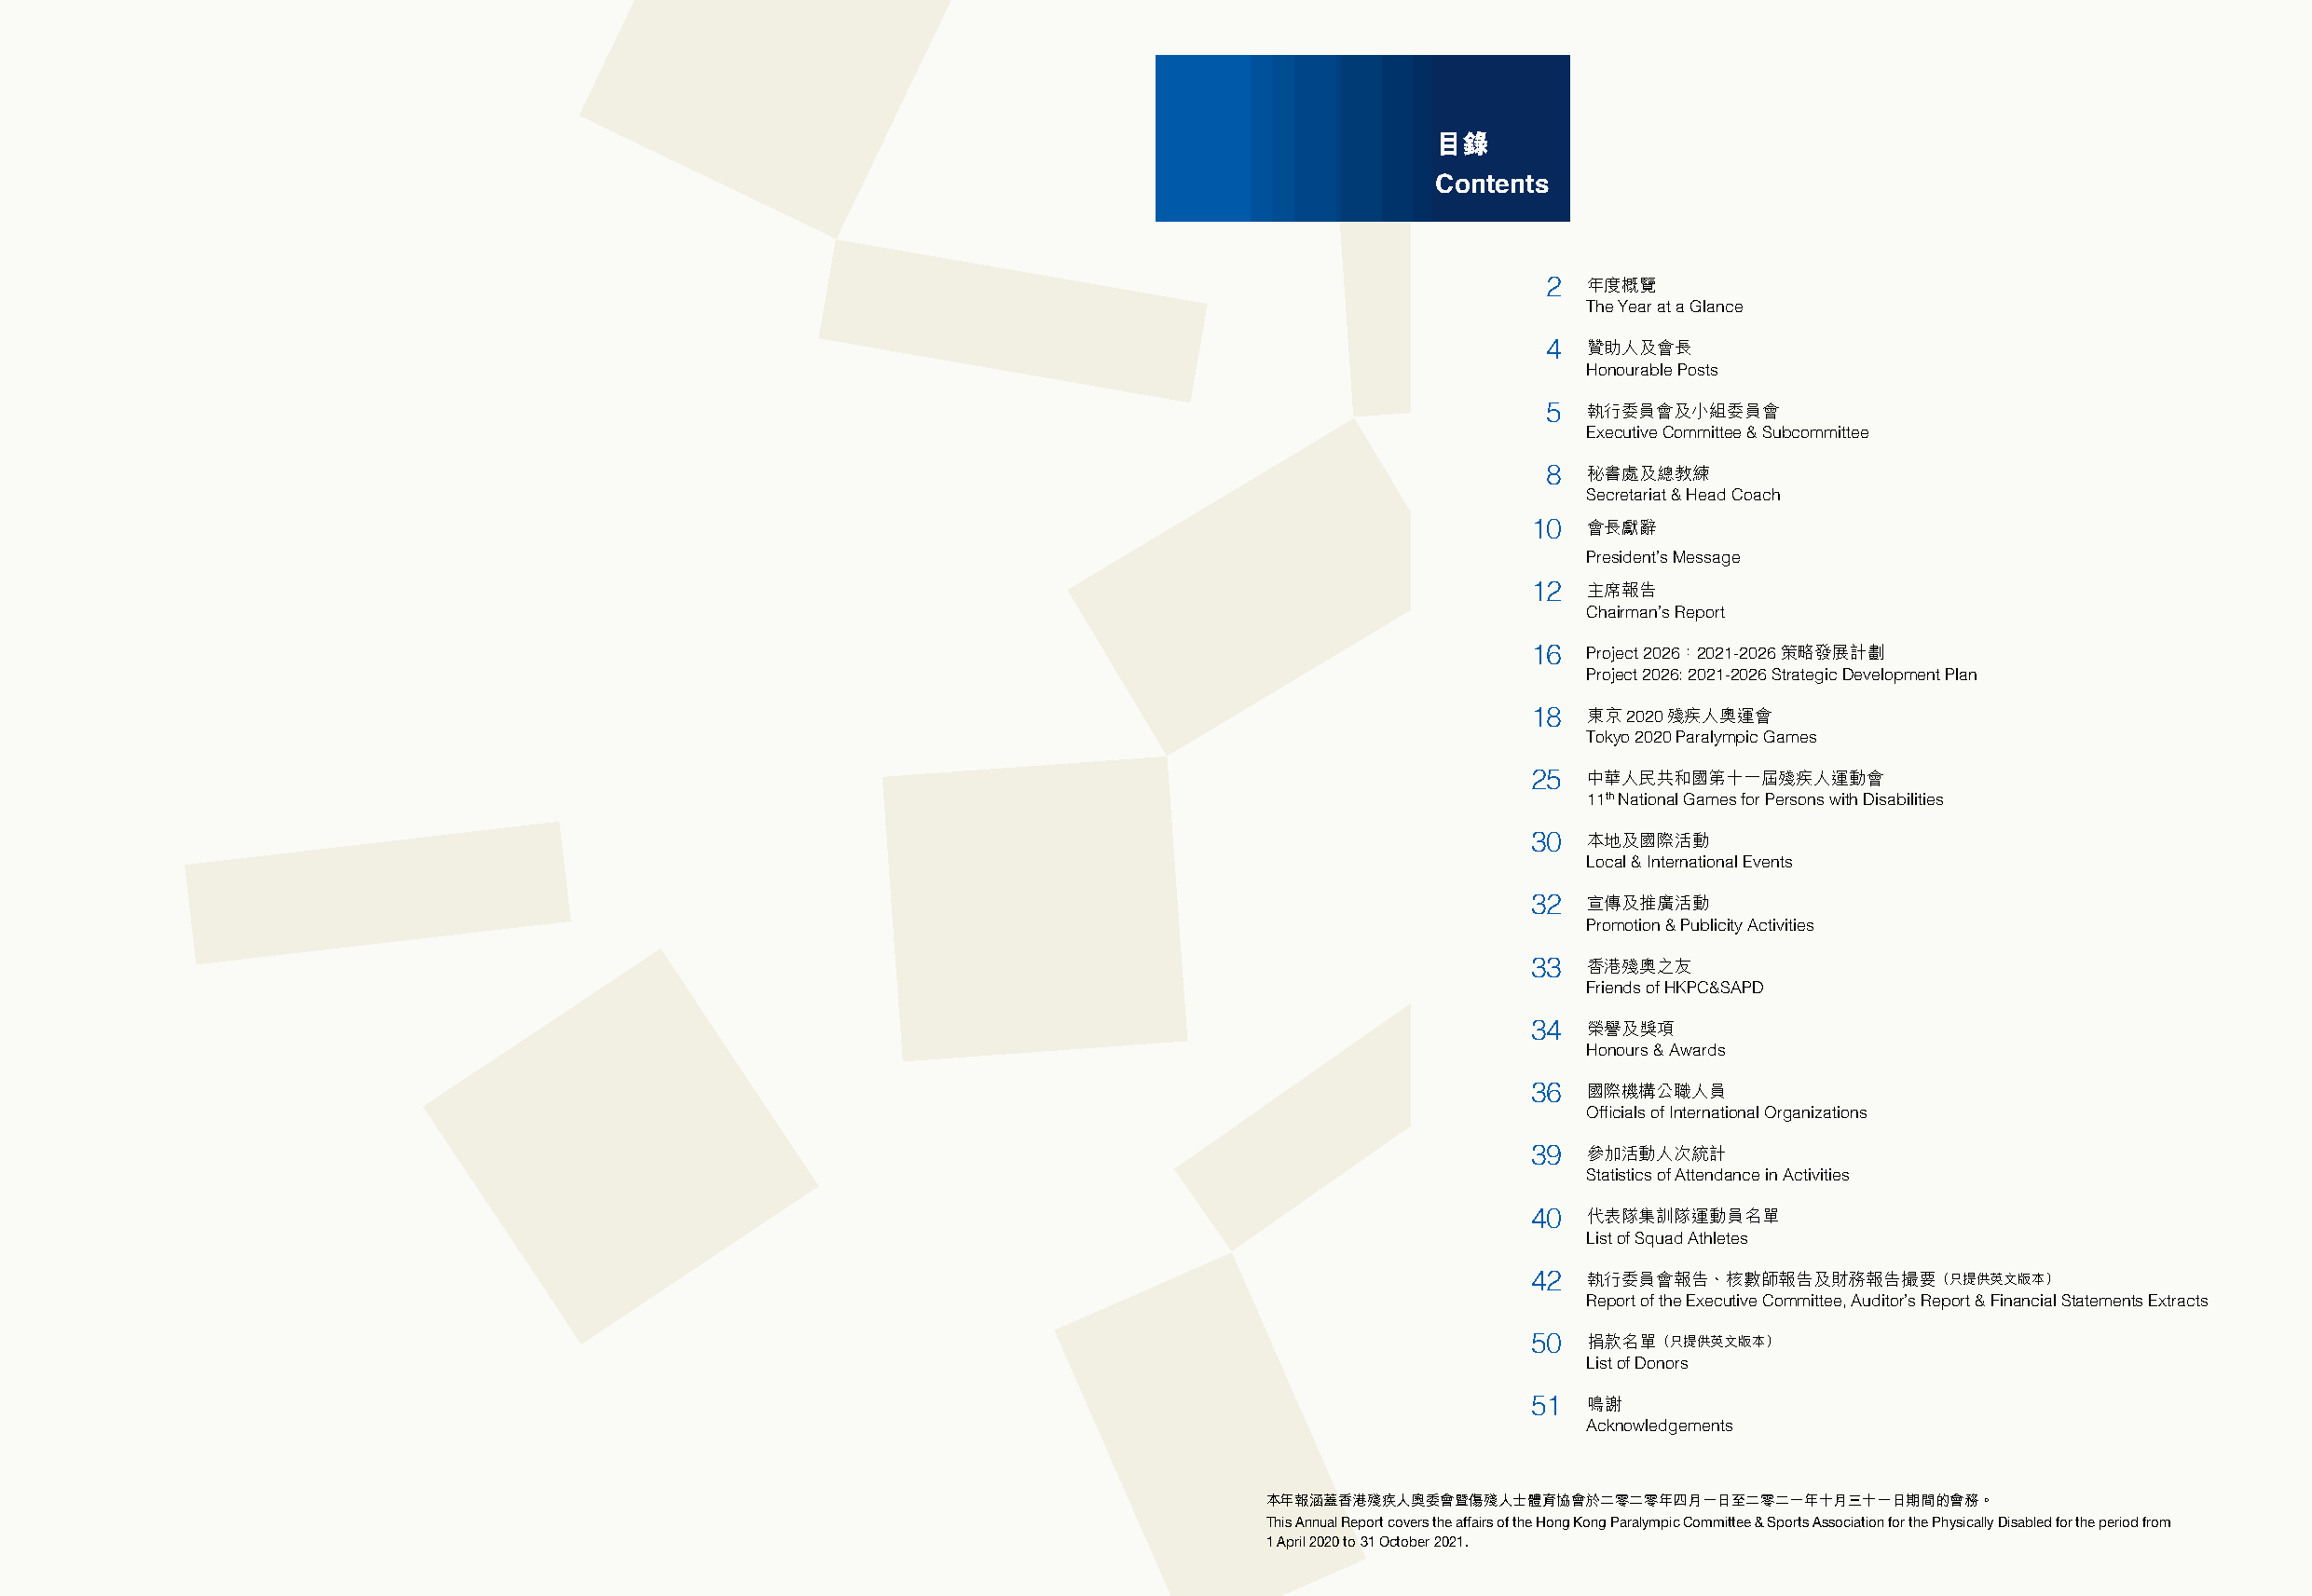
目錄
 Contents
 2  年度概覽
 The Year at a Glance
 4  贊助人及會長
 Honourable Posts
 5  執行委員會及小組委員會
 Executive Committee & Subcommittee
 8  秘書處及總教練
 Secretariat & Head Coach
 10  會長獻辭
 President’s Message
 12  主席報告
 Chairman’s Report
 16  Project 2026：2021-2026策略發展計劃
 Project 2026: 2021-2026 Strategic Development Plan
 18  東京2020殘疾人奧運會
 Tokyo 2020 Paralympic Games
 25  中華人民共和國第十一屆殘疾人運動會
 11th National Games for Persons with Disabilities
 30  本地及國際活動
 Local & International Events
 32  宣傳及推廣活動
 Promotion & Publicity Activities
 33  香港殘奧之友
 Friends of HKPC&SAPD
 34  榮譽及獎項
 Honours & Awards
 36  國際機構公職人員
 Officials of International Organizations
 39  參加活動人次統計
 Statistics of Attendance in Activities
 40  代表隊集訓隊運動員名單
 List of Squad Athletes
 42  執行委員會報告、核數師報告及財務報告撮要（只提供英文版本）
 Report of the Executive Committee, Auditor’s Report & Financial Statements Extracts
 50  捐款名單（只提供英文版本）
 List of Donors
 51  鳴謝
 Acknowledgements
 本年報涵蓋香港殘疾人奧委會暨傷殘人士體育協會於二零二零年四月一日至二零二一年十月三十一日期間的會務。
 This Annual Report covers the affairs of the Hong Kong Paralympic Committee & Sports Association for the Physically Disabled for the period from
 1 April 2020 to 31 October 2021.